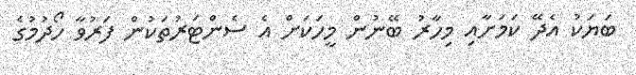
ބަޔަކު އެދޭ ކަމަށާއި މިހާރު ބޭނުން މީހަކަށް އެ ސެންޓަރުތަކުން ފަރުވާ ހޯދުމުގެ